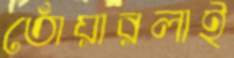
তোঁয়ারলাই